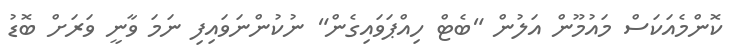
ކޮންމެއަކަސް މައުމޫން އަލުން "ބެޓް ހިއްޕަވައިގެން" ނުކުންނަވައިފި ނަމަ ވާނީ ވަރަށް ބޮޑު